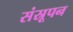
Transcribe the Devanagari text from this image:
संस्रूपन